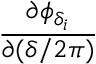
\frac { \partial \phi _ { \delta _ { i } } } { \partial ( \delta / 2 \pi ) }